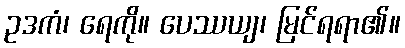
ဥဒကံ၊ ရေကို။ ပေဿယျ၊ မြင်ရရာ၏။